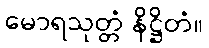
မောရသုတ္တံ နိဋ္ဌိတံ။